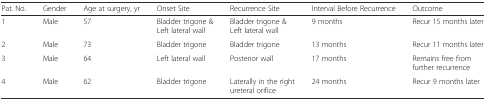
<table><thead><tr><td><b>Pat. No.</b></td><td><b>Gender</b></td><td><b>Age at surgery, yr</b></td><td><b>Onset Site</b></td><td><b>Recurrence Site</b></td><td><b>Interval Before Recurrence</b></td><td><b>Outcome</b></td></tr></thead><tbody><tr><td>1</td><td>Male</td><td>57</td><td>Bladder trigone &amp; Left lateral wall</td><td>Bladder trigone &amp; Left lateral wall</td><td>9 months</td><td>Recur 15 months later</td></tr><tr><td>2</td><td>Male</td><td>73</td><td>Bladder trigone</td><td>Bladder trigone</td><td>13 months</td><td>Recur 11 months later</td></tr><tr><td>3</td><td>Male</td><td>64</td><td>Left lateral wall</td><td>Posterior wall</td><td>17 months</td><td>Remains free from further recurrence</td></tr><tr><td>4</td><td>Male</td><td>62</td><td>Bladder trigone</td><td>Laterally in the right ureteral orifice</td><td>24 months</td><td>Recur 9 months later</td></tr></tbody></table>